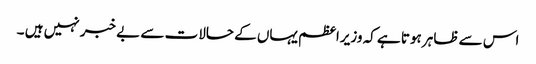
اس سے ظاہر ہوتا ہے کہ وزیراعظم یہاں کے حالات سے بے خبر نہیں ہیں ۔